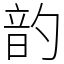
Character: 䪨